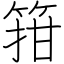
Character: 箝